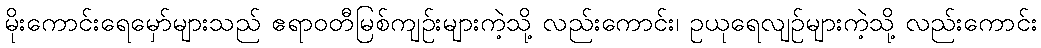
မိုးကောင်းရေမှော်များသည် ဧရာဝတီမြစ်ကျဉ်းများကဲ့သို့ လည်းကောင်း၊ ဥယုရေလျဉ်များကဲ့သို့ လည်းကောင်း